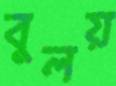
বুলয়